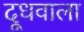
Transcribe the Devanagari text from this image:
दूधवाला